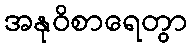
အနုဝိစာရေတွာ